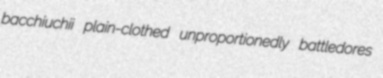
bacchiuchii plain-clothed unproportionedly battledores